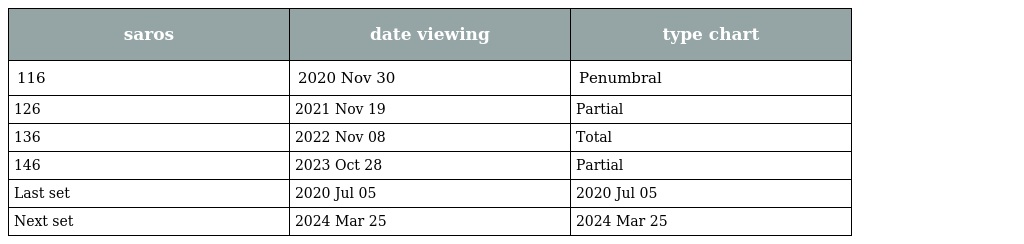
| saros | date viewing | type chart |
 | --- | --- | --- |
 | 116 | 2020 Nov 30 | Penumbral |
 | 126 | 2021 Nov 19 | Partial |
 | 136 | 2022 Nov 08 | Total |
 | 146 | 2023 Oct 28 | Partial |
 | Last set | 2020 Jul 05 | 2020 Jul 05 |
 | Next set | 2024 Mar 25 | 2024 Mar 25 |